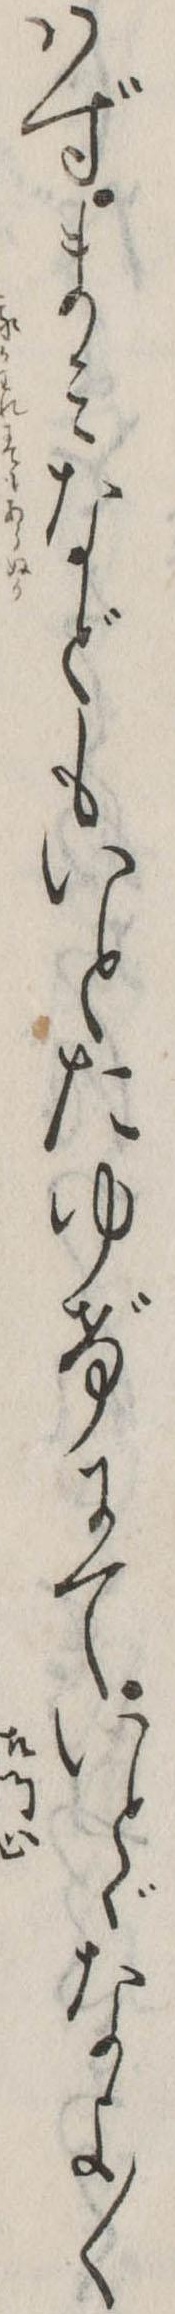
はずまみなどもいとたゆげにていとゞなよ〱